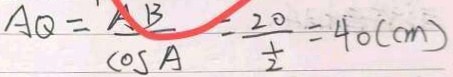
A Q = \frac { A B } { \cos A } = \frac { 2 0 } { \frac { 1 } { 2 } } = 4 0 ( c m )